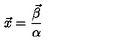
\vec { x } = { \frac { \vec { \beta } } { \alpha } }